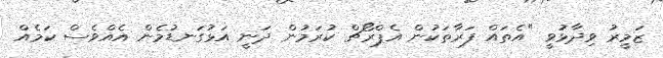
ޒަމީރު ވިދާޅުވީ "އެތައް ފަރާތަކުން އެޕްރޯޗް ކުރަމުން ދަނީ އަޅުގަނޑުމެން އެއްވެސް ކަމެއް